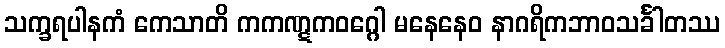
သက္ခရပါနကံ ကေသာတိ ကကဏ္ဋကဝဂ္ဂေါ မနေနေဝ နာဂရိကဘာဝသင်္ခါတဿ